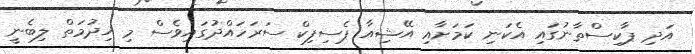
އަދި ޕާކިސްތާނުގައި އެކަނި ކަމަށާއި އޭޝިއާ ޕެސިފިކް ސަރަހައްދުގައިވެސް މި ޚިދުމަތް ލިބެނީ